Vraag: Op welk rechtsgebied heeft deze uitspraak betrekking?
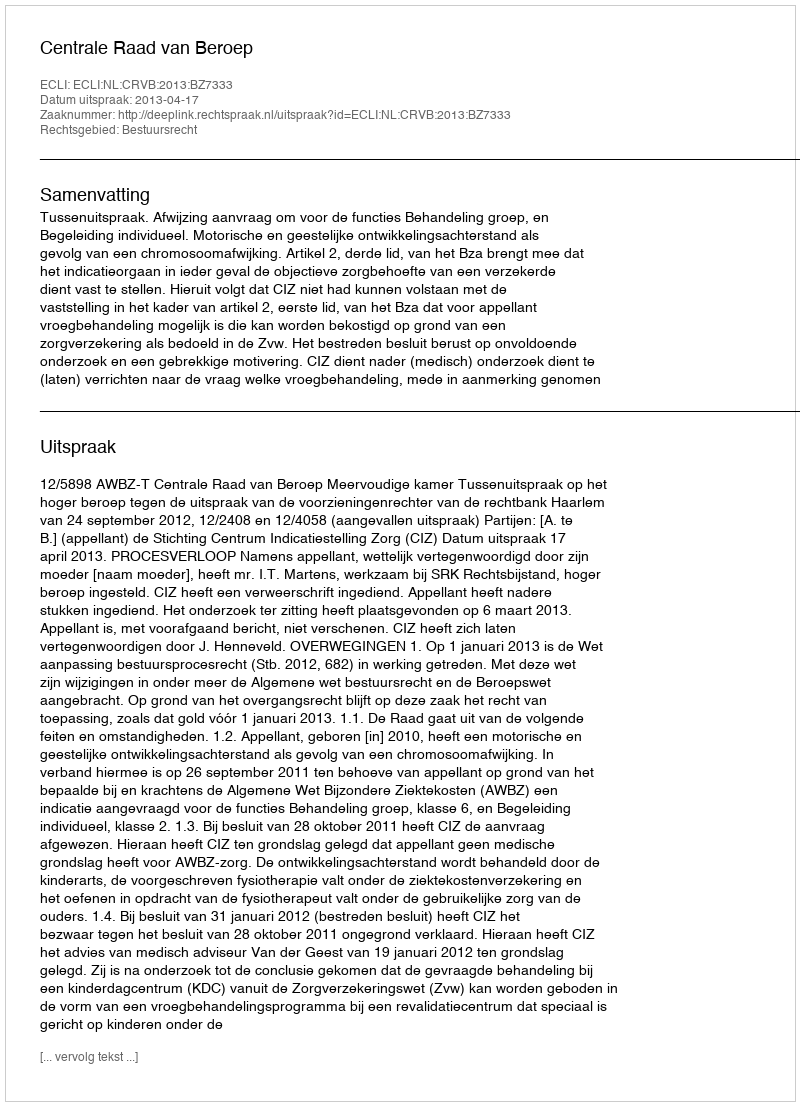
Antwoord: Bestuursrecht